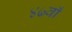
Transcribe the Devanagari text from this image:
४७वाँ